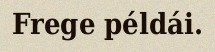
Frege példái.